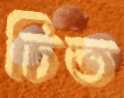
চিত